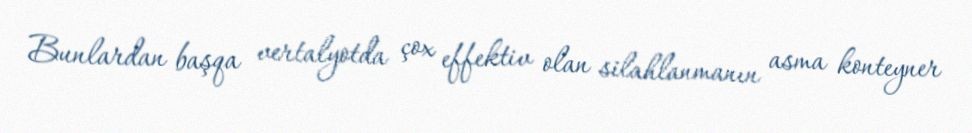
Bunlardan başqa vertalyotda çox effektiv olan silahlanmanın asma konteyner